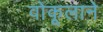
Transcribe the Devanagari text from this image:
वोकूलाने